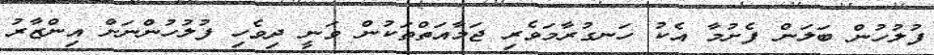
ފުލުހުން ބަލަން ފެށުމާ އެކު ހަނގުރާމަވެރި ޖަމާއަތްތަކުން ވަނީ ދިވެހި ފުލުހުންނަށް އިންޒާރު